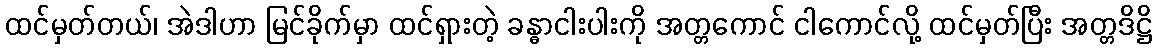
ထင်မှတ်တယ်၊ အဲဒါဟာ မြင်ခိုက်မှာ ထင်ရှားတဲ့ ခန္ဓာငါးပါးကို အတ္တကောင် ငါကောင်လို့ ထင်မှတ်ပြီး အတ္တဒိဋ္ဌိ